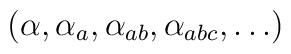
( \alpha, \alpha_a, \alpha_{ab}, \alpha_{abc}, \ldots )